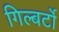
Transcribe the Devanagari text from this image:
गिल्बर्टो